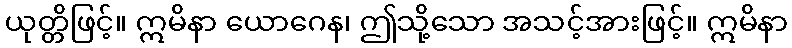
ယုတ္တိဖြင့်။ ဣမိနာ ယောဂေန၊ ဤသို့သော အသင့်အားဖြင့်။ ဣမိနာ